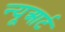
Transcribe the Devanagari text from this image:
न्यूआर्ट